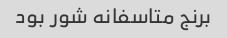
برنج متاسفانه شور بود